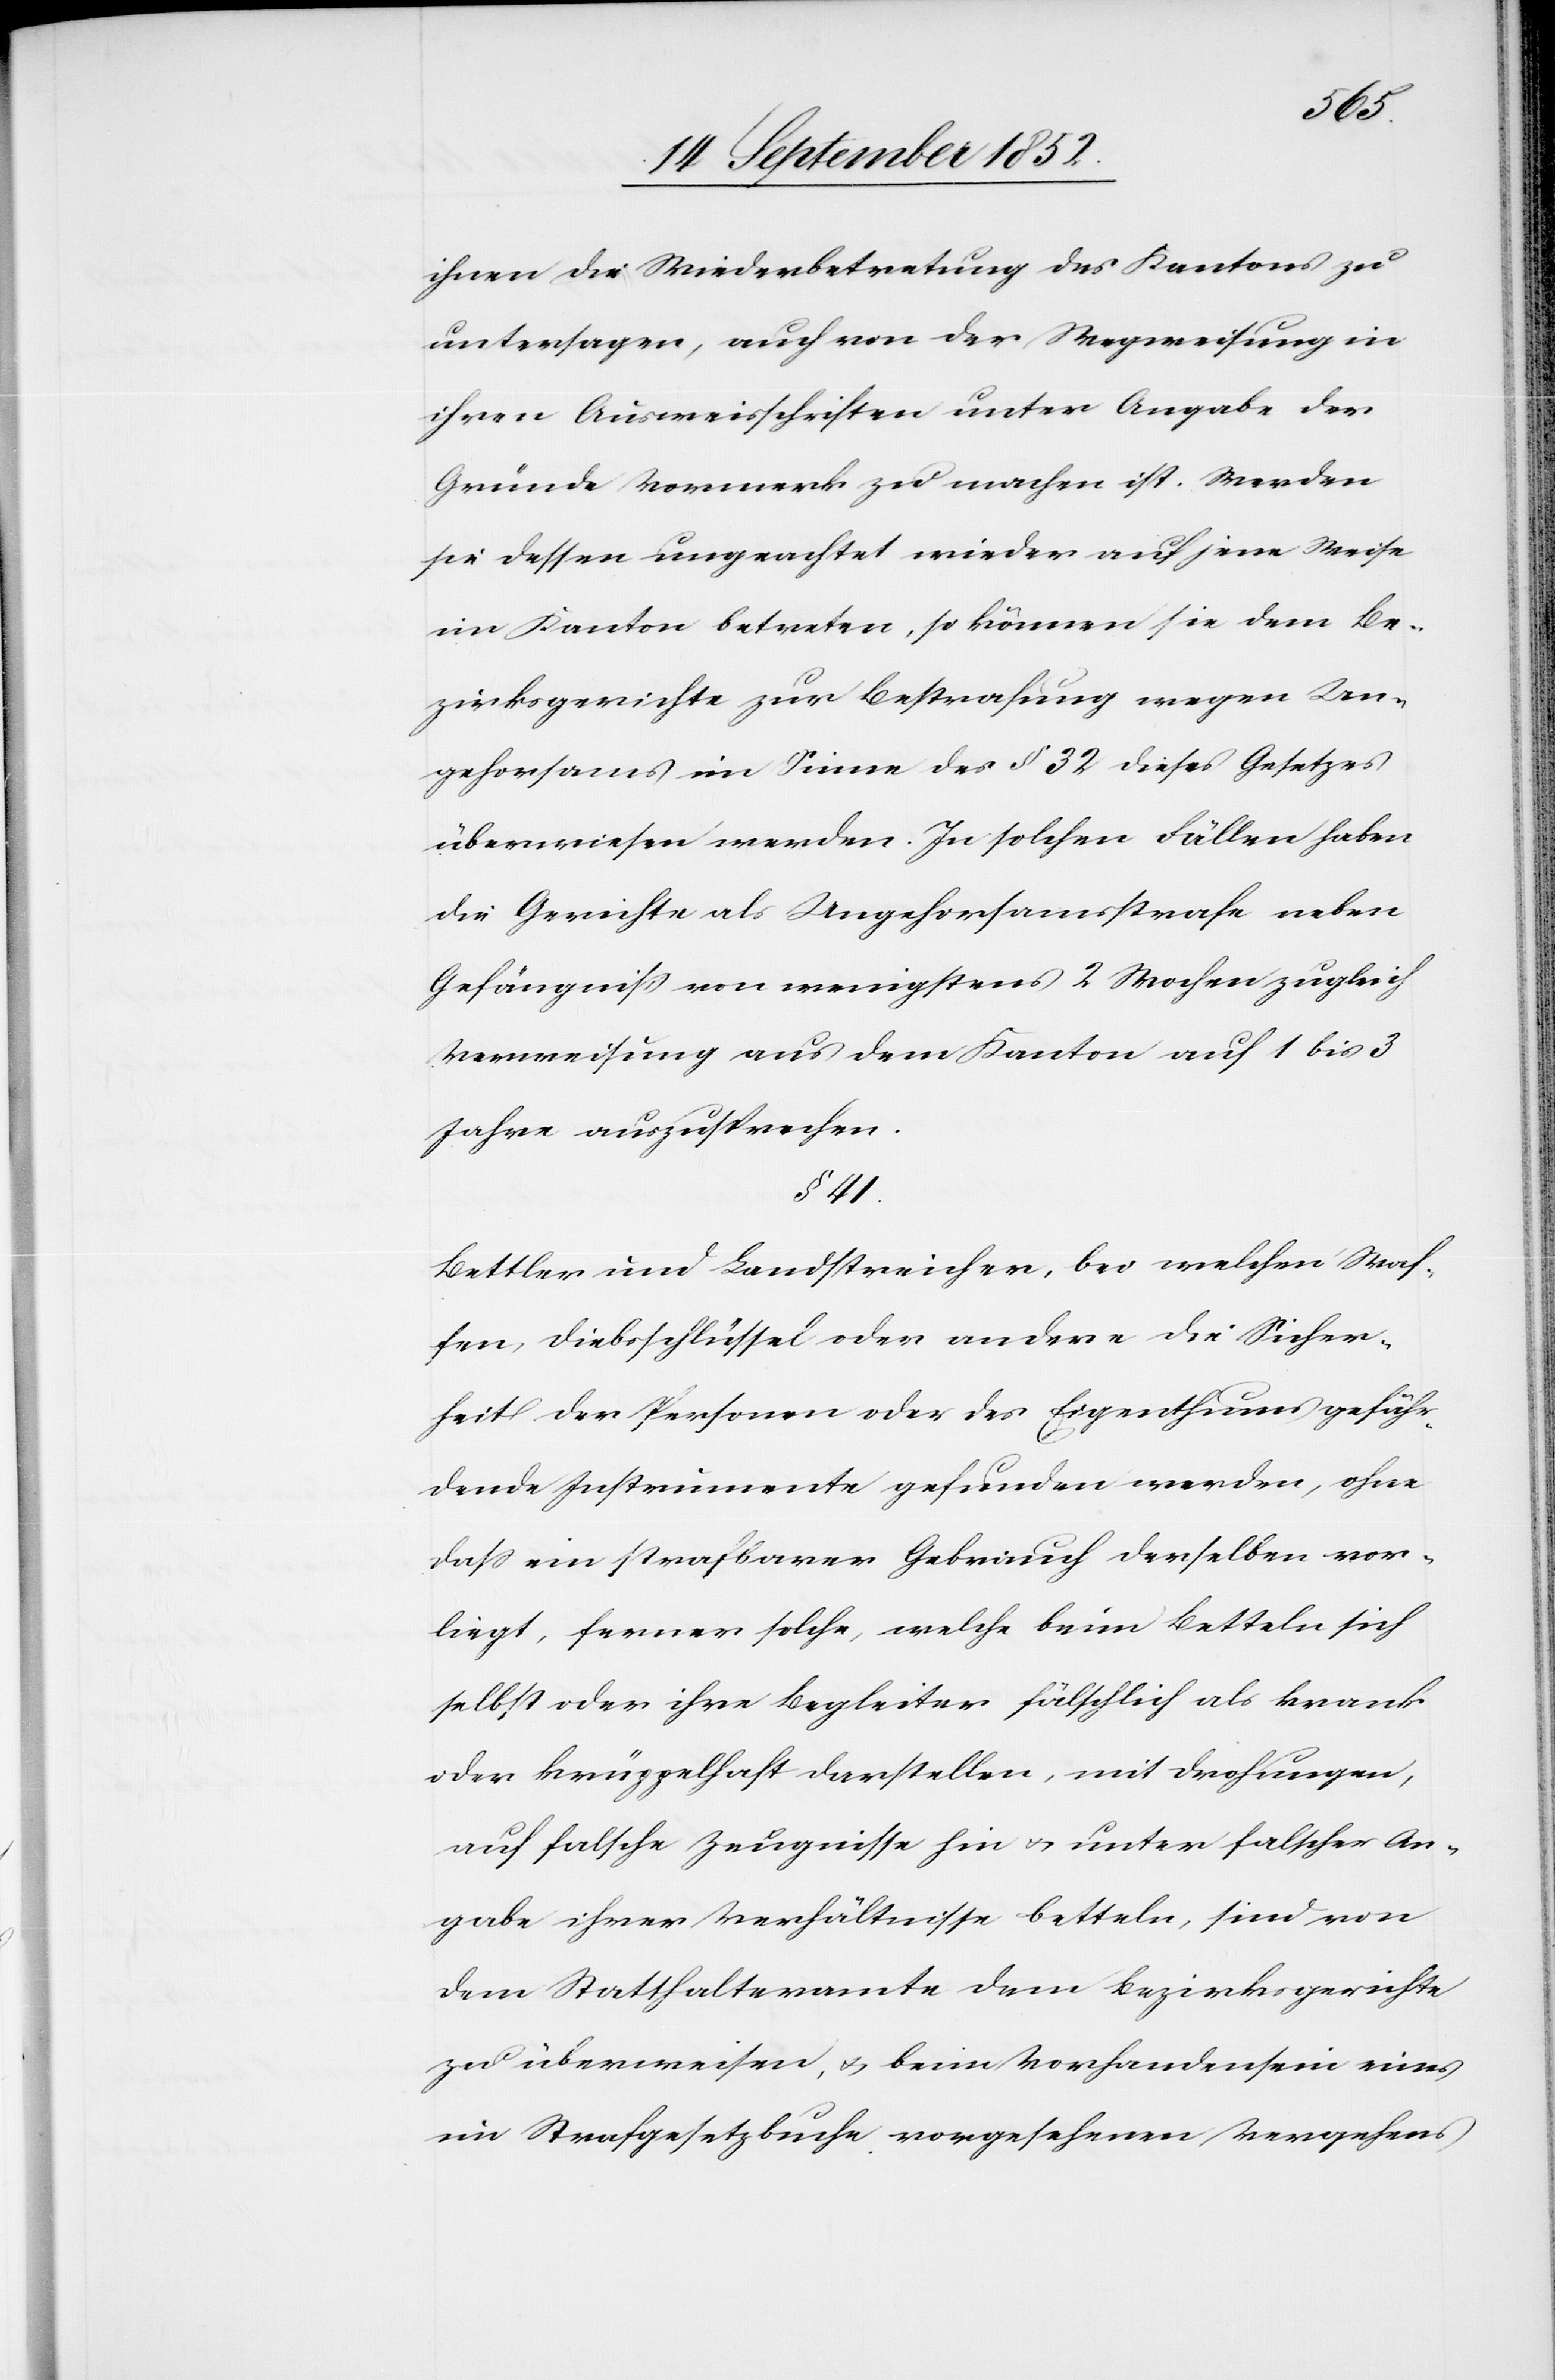
ihnen die Wiederbetretung des Kantons zu
untersagen, auch von der Wegweisung in
ihren Ausweisschriften unter Angabe der
Gründe Vormerk zu machen ist. Werden
sie dessen ungeachtet wieder auf jene Weise
im Kanton betreten, so können sie dem Be¬
zirksgerichte zur Bestrafung wegen Un¬
gehorsams im Sinne des § 32 dieses Gesetzes
überwiesen werden. In solchen Fällen haben
die Gerichte als Ungehorsamsstrafe neben
Gefängniss von wenigstens 2 Wochen zugleich
Verweisung aus dem Kanton auf 1 bis 3
Jahre auszusprechen.
§ 41.
Bettler und Landstreicher, bei welchen Waf¬
fen, Diebsschlüssel oder andere die Sicher¬
heit der Personen oder des Eigenthums gefähr¬
dende Instrumente gefunden werden, ohne
dass ein strafbarer Gebrauch derselben vor¬
liegt, ferner solche, welche beim Betteln sich
selbst oder ihre Begleiter fälschlich als krank
oder krüppelhaft darstellen, mit Drohungen,
auf falsche Zeugnisse hin & unter falscher An¬
gabe ihrer Verhältnisse betteln, sind von
dem Statthalteramte dem Bezirksgerichte
zu überweisen, & beim Vorhandensein eines
im Strafgesetzbuche vorgesehenen Vergehens